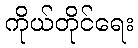
ကိုယ်တိုင်ရေး